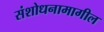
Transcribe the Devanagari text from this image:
संशोधनामागील